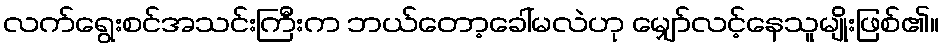
လက်ရွေးစင်အသင်းကြီးက ဘယ်တော့ခေါ်မလဲဟု မျှော်လင့်နေသူမျိုးဖြစ်၏။